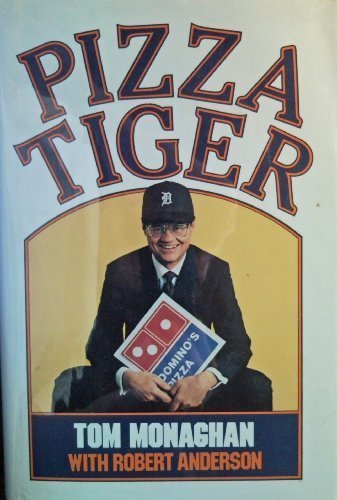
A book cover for Pizza Tiger; Thomas Monaghan; Business & Money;